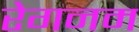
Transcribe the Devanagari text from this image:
रेगनम